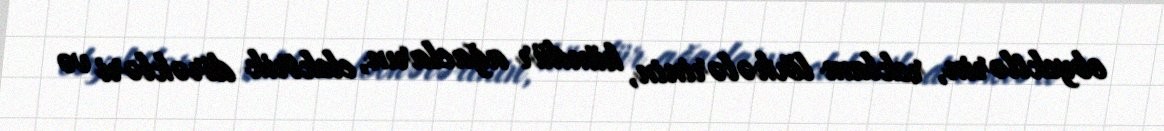
obyektlərin, reklam lövhələrinin, hündür ağacların, elektrik dirəkləri və